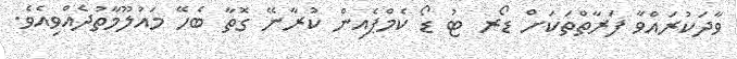
ވާދަކުރައްވާ ފަރާތްތަކަށް ޑޯރ ޓު ޑޯ ކެމްޕެއިން ކުރާނޭ ގޮތާ ބެހޭ މައުލޫމާތުދެއްވިއެވެ.